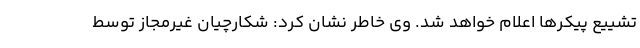
تشییع پیکرها اعلام خواهد شد. وی خاطر نشان کرد: شکارچیان غیرمجاز توسط